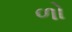
ળો